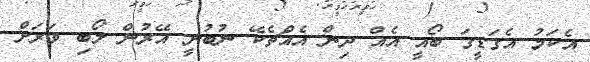
އެކަމު އެގަޑީގަ ބޯއީ އެއް ދިން އެއްޗެކޭ ނުބުނީ އޭރުން ލޯބި ވަރަށް